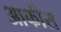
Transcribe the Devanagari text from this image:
आफीस